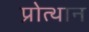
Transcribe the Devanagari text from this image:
प्रोत्थान